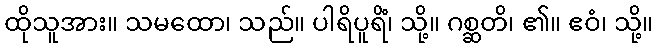
ထိုသူအား။ သမထော၊ သည်။ ပါရိပူရိံ၊ သို့။ ဂစ္ဆတိ၊ ၏။ ဧဝံ၊ သို့။